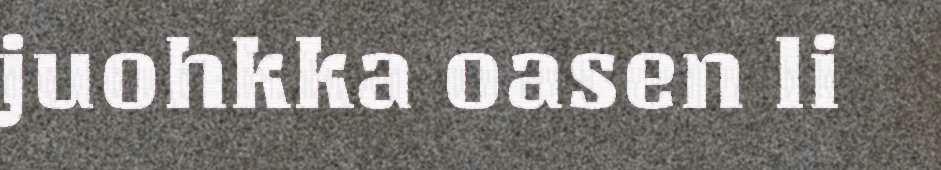
juohkka oasen li